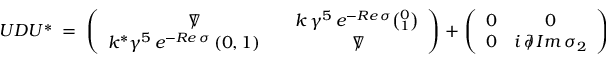
U D U ^ { * } \; = \; \left( \begin{array} { c c } { { \nabla \! \! \! \! / } } & { { k \, \gamma ^ { 5 } \, e ^ { - R e \, \sigma } { \binom { 0 } { 1 } } } } \\ { { k ^ { * } \gamma ^ { 5 } \, e ^ { - R e \, \sigma } \, ( 0 , 1 ) \quad } } & { { \nabla \! \! \! \! / } } \end{array} \right) \; + \; \left( \begin{array} { c c } { { 0 } } & { { 0 } } \\ { { 0 } } & { { i \, \partial \! \! \! / \, I m \, \sigma _ { 2 } } } \end{array} \right)